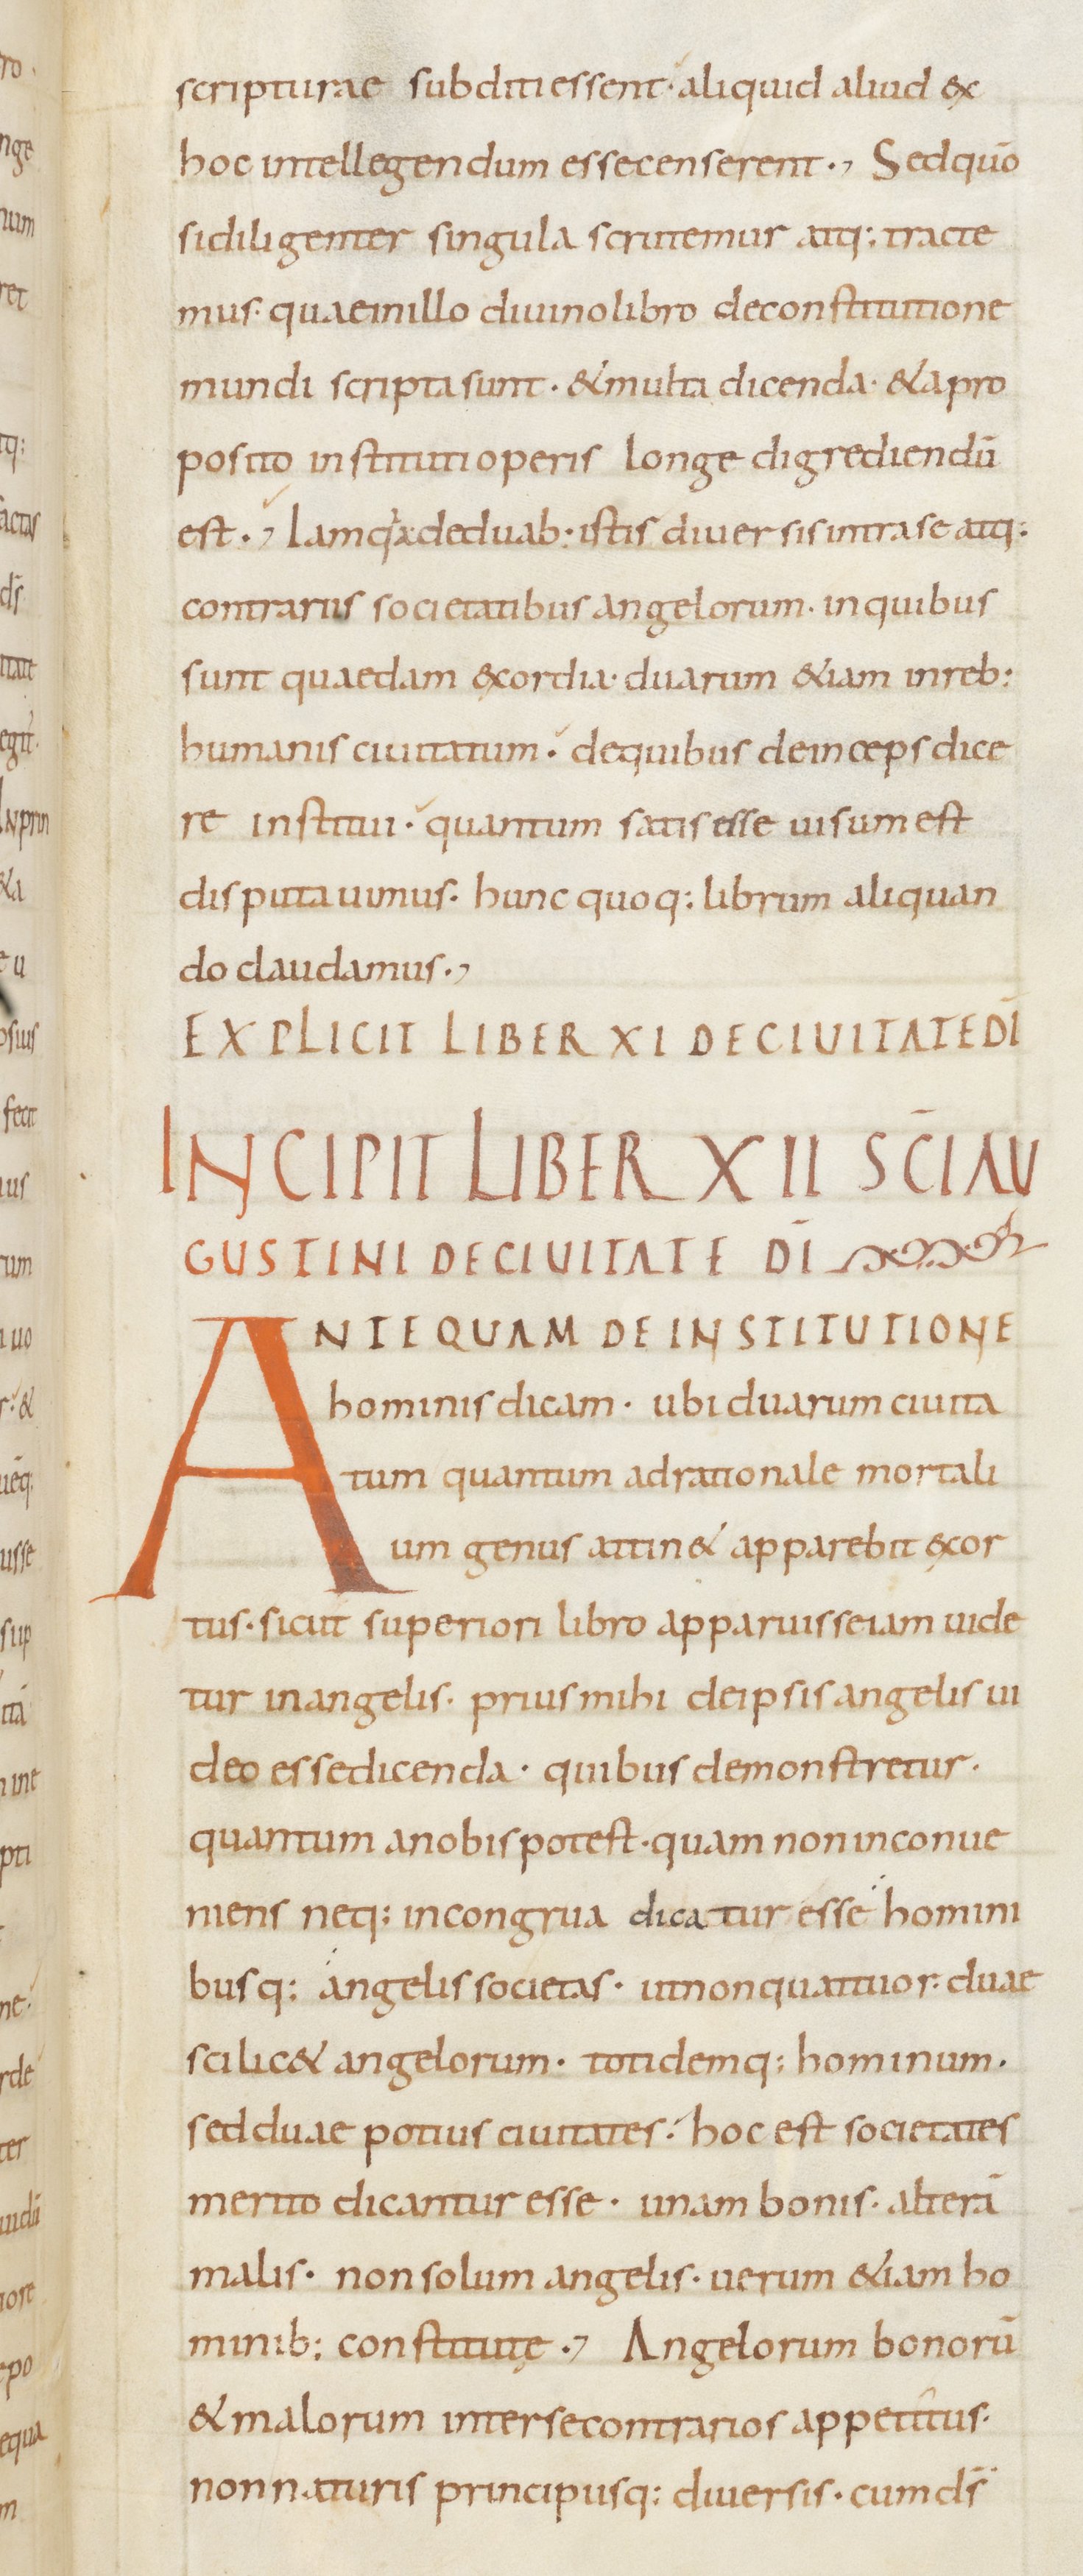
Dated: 800–899